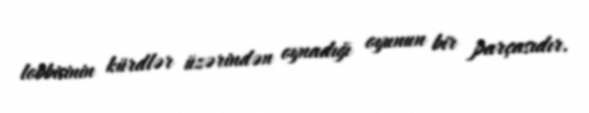
lobbisinin kürdlər üzərindən oynadığı oyunun bir parçasıdır.